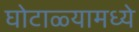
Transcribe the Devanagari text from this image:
घोटाळ्यामध्ये